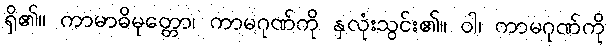
ရှိ၏။ ကာမာဓိမုတ္တော၊ ကာမဂုဏ်ကို နှလုံးသွင်း၏။ ဝါ၊ ကာမဂုဏ်ကို